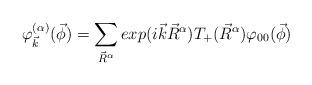
LaTeX: \begin{align*}\varphi^{(\alpha )}_{\vec k}(\vec \phi ) =\sum_{\vec R^{\alpha}} exp(i\vec k \vec R^{\alpha}) T_{+}(\vec R^{\alpha})\varphi_{00}(\vec \phi )\end{align*}